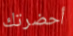
أحضرتك